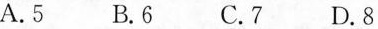
A.5 B.6 C.7 D.8